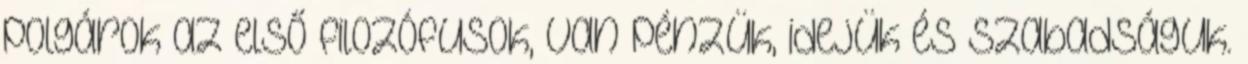
polgárok az első filozófusok, van pénzük, idejük és szabadságuk.